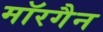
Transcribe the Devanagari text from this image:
मॉरगैन